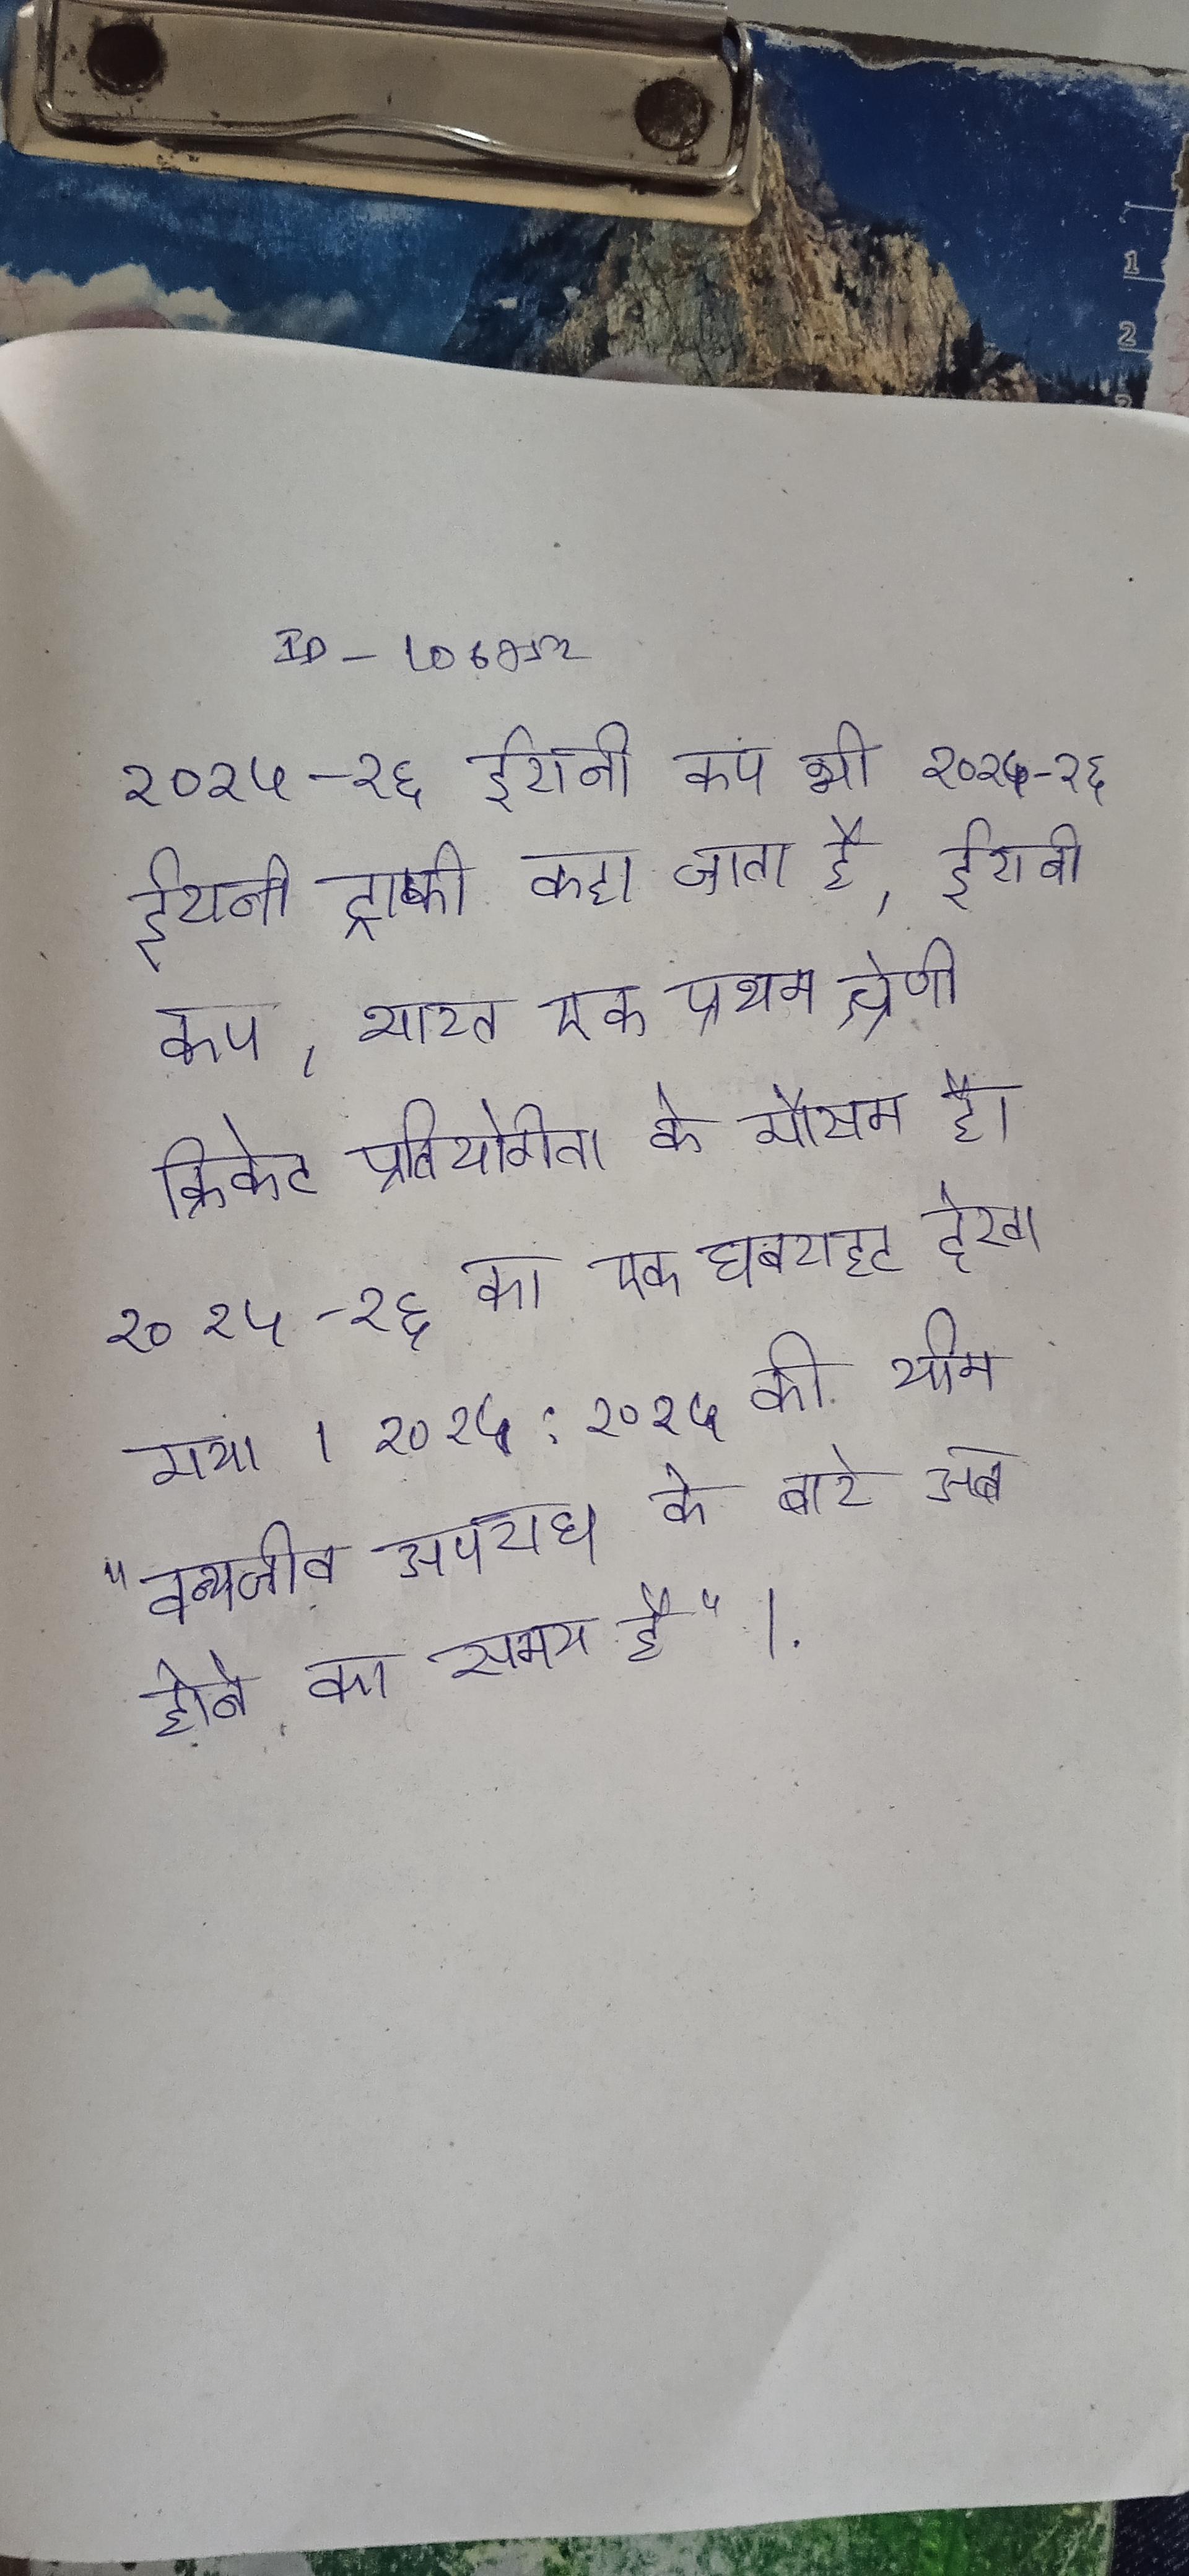
२०१५-१६ ईरानी कप भी २०१५-१६ ईरानी ट्राफी कहा जाता है, ईरानी कप, भारत एक प्रथम श्रेणी क्रिकेट प्रतियोगिता के मौसम है । २०१५-१६ का एक घबराहट देखा गया । २०१५:२०१५ की थीम "वन्यजीव अपराध के बारे अब होने का समय है" ।